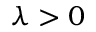
\lambda > 0